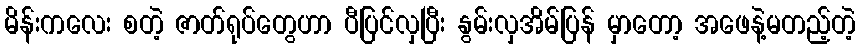
မိန်းကလေး စတဲ့ ဇာတ်ရုပ်တွေဟာ ပီပြင်လှပြီး နွမ်းလှအိမ်ပြန် မှာတော့ အဖေနဲ့မတည့်တဲ့